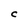
Character: C